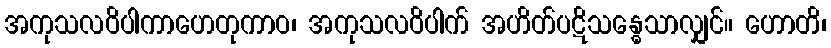
အကုသလဝိပါကာဟေတုကာဝ၊ အကုသလဝိပါက် အဟိတ်ပဋိသန္ဓေသာလျှင်။ ဟောတိ၊